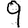
Digit: 9